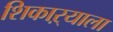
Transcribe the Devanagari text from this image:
शिकाऱ्याला